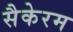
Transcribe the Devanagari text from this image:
सैकेरम